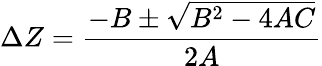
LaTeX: \Delta{Z}=\frac{-B\pm\sqrt{B^{2}-4AC}}{2A}